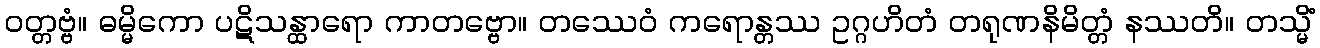
ဝတ္တဗ္ဗံ။ ဓမ္မိကော ပဋိသန္ထာရော ကာတဗ္ဗော။ တဿေဝံ ကရောန္တဿ ဥဂ္ဂဟိတံ တရုဏနိမိတ္တံ နဿတိ။ တသ္မိံ